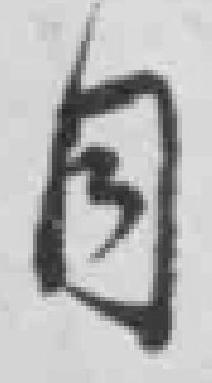
同